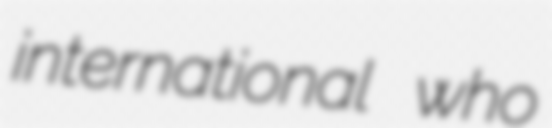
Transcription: international who